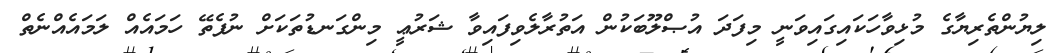
ލިޔުންތެރިޔާގެ މުޅިވާހަކައިގައިވަނީ މިފަދަ އުޞްލޫބަކުން އަތުރާލެވިފައިވާ ޝަރުޢީ މިންގަނޑުތަކަށް ނުފެތޭ ހަމައެއް ލަމައެއްނެތް